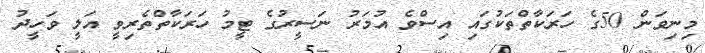
މިނިވަން 50ގެ ހަރަކާތްތަކުގައި އިސްވެ އުމަރު ނަސީރުގެ ޓީމު ހަރަކާތްތެރިވީ އަލީ ވަހީދު